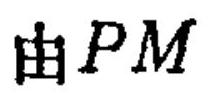
由\(PM\)